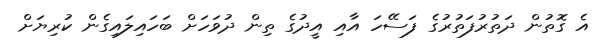
އެ ގޮތުން ދަތުރުފަތުރުގެ ފަސޭހަ އާއި އީދުގެ ތިން ދުވަހަށް ބަހައިލައިގެން ކުރިޔަށް